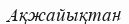
Ақжайықтан